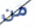
من